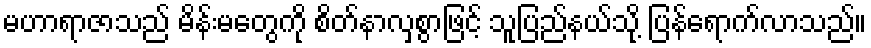
မဟာရာဇာသည် မိန်းမတွေကို စိတ်နာလှစွာဖြင့် သူပြည်နယ်သို့ ပြန်ရောက်လာသည်။